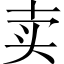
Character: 卖